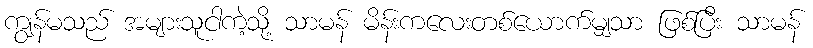
ကျွန်မသည် အများသူငါကဲ့သို့ သာမန် မိန်းကလေးတစ်ယောက်မျှသာ ဖြစ်ပြီး သာမန်